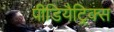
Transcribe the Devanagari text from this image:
पीडियैट्रिक्स